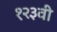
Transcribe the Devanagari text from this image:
१२३वी